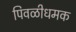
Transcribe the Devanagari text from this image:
पिवळीधमक